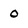
Character: 0